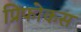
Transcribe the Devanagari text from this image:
प्रिफोकस